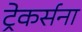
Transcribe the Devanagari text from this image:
ट्रेकर्सना